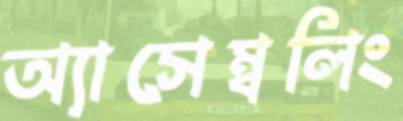
অ্যাসেম্বলিং